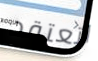
اتعتقد